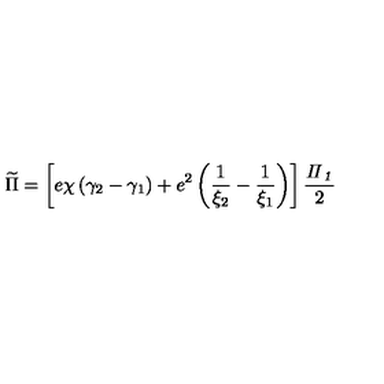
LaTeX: \widetilde { \Pi } = \left[ e \chi \left( \gamma _ { 2 } - \gamma _ { 1 } \right) + e ^ { 2 } \left( \frac 1 { \xi _ { 2 } } - \frac 1 { \xi _ { 1 } } \right) \right] \frac { { \it \Pi } _ { { \it 1 } } } 2